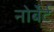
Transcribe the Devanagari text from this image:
नोर्बेर्ट